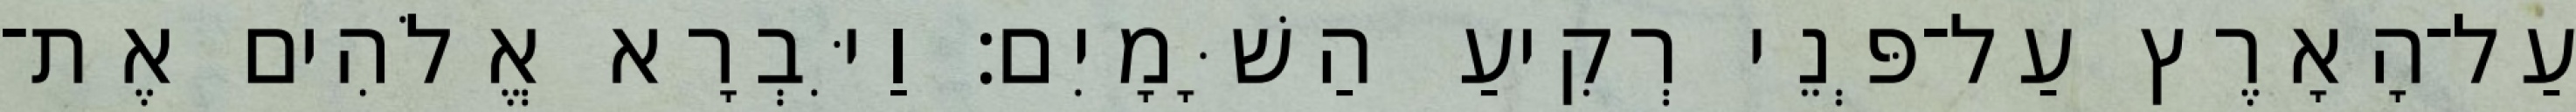
עַל־הָאָרֶץ עַל־פְּנֵי רְקִיעַ הַשָּׁמָיִם׃ וַיִּבְרָא אֱלֹהִים אֶת־